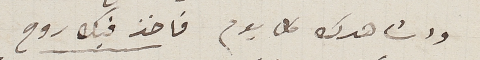
واشاهدك كل يوم فاخذ فيك روح